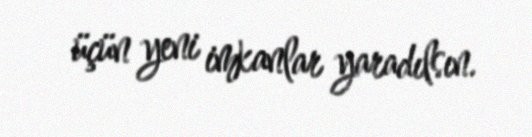
üçün yeni imkanlar yaradılsın.